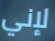
لإني